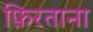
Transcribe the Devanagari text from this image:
फ़िरताना